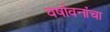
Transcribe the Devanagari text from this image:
वर्षावनांचा